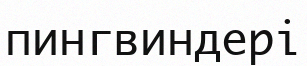
пингвиндері